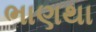
ભાણથા